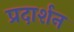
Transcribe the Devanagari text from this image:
प्रदार्शन